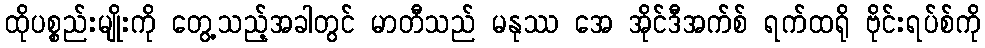
ထိုပစ္စည်းမျိုးကို တွေ့သည့်အခါတွင် မာတီသည် မနုဿ အေ အိုင်ဒီအက်စ် ရက်ထရို ဗိုင်းရပ်စ်ကို